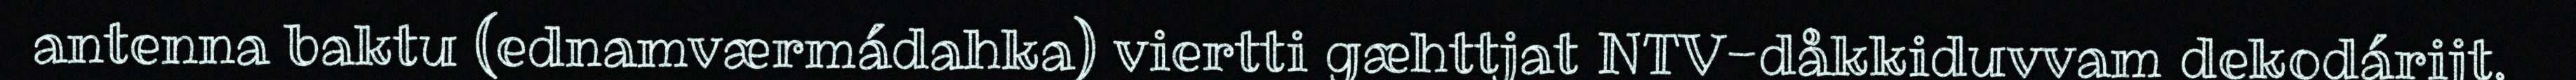
antenna baktu (ednamværmádahka) viertti gæhttjat NTV-dåkkiduvvam dekodárijt.